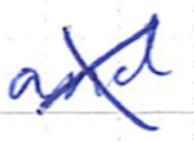
Text: and
Cross-out: cross
Writing tool: ballpoint